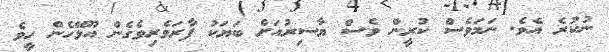
ނުކުރެ އެވެ. ނަމަވެސް ކުރީން ވެސް ޔާސިރުއަށް ބަޔަކު ފާރަވެރިވެގެން އޫޅޭހެން ހީވެ